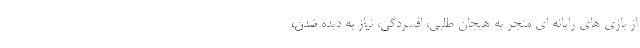
از بازی های رایانه ای منجر به هیجان طلبی، افسردگی، نیاز به دیده شدن،